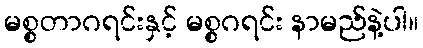
မစ္စတာဂရင်းနှင့် မစ္စဂရင်း နာမည်နဲ့ပါ။